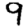
Digit: 9